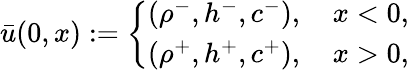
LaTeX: \bar{u}(0,x):=\left\{ \begin{array}{ll}{(\rho^{-},h^{-},c^{-}),\quad x<0,}\\ {(\rho^{+},h^{+},c^{+}),\quad x>0,}\end{array}\right.